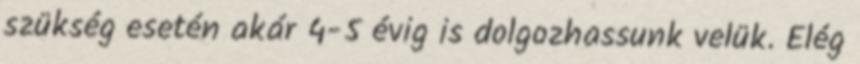
szükség esetén akár 4-5 évig is dolgozhassunk velük. Elég